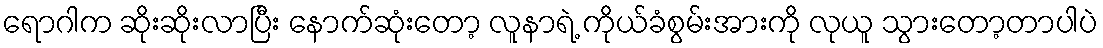
ရောဂါက ဆိုးဆိုးလာပြီး နောက်ဆုံးတော့ လူနာရဲ့ ကိုယ်ခံစွမ်းအားကို လုယူ သွားတော့တာပါပဲ